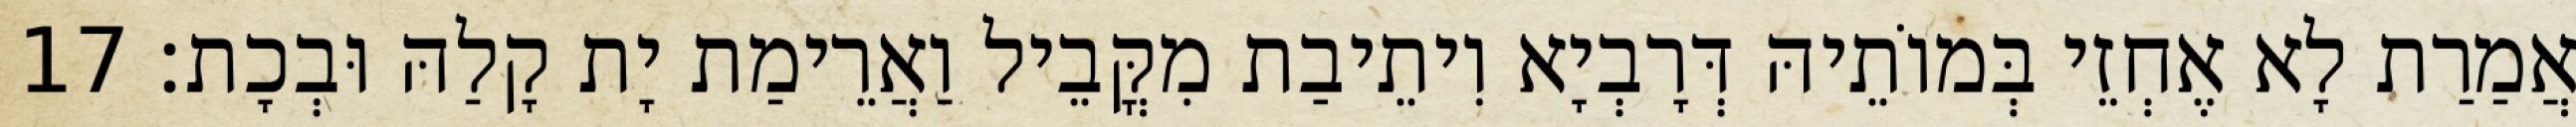
אֲמַרַת לָא אֶחְזֵי בְּמוֹתֵיהּ דְּרָבְיָא וִיתֵיבַת מִקֳּבֵיל וַאֲרֵימַת יָת קָלַהּ וּבְכָת׃ 17